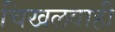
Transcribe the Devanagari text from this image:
चिखलवाही